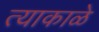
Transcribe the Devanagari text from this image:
त्याकाळे